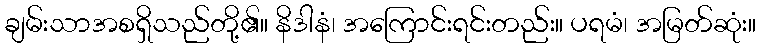
ချမ်းသာအစရှိသည်တို့၏။ နိဒါနံ၊ အကြောင်းရင်းတည်း။ ပရမံ၊ အမြတ်ဆုံး။